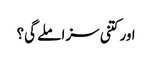
اور کتنی سزا ملے گی؟